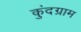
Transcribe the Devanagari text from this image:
कुंदग्राम